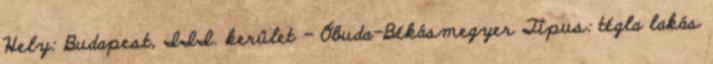
Hely: Budapest, III. kerület - Óbuda-Békásmegyer Típus: tégla lakás